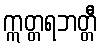
ဣတ္တရဘတ္တီ